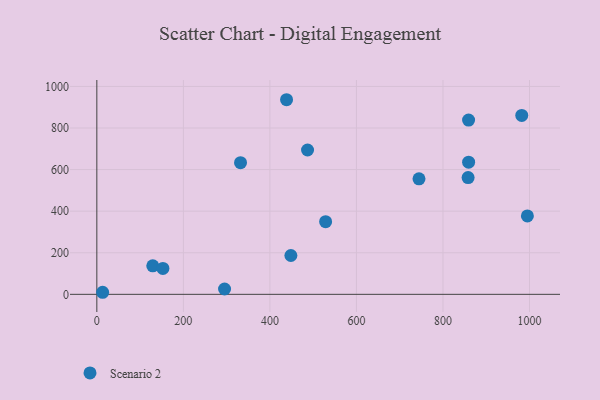
{"axis": {"x": "Study Hours", "y": "Exam Score"}, "legend": ["Scenario 2"], "data": [{"x": "13.4", "y": 9.9, "type": "Scenario 2"}, {"x": "295.2", "y": 25.6, "type": "Scenario 2"}, {"x": "859.2", "y": 838.1, "type": "Scenario 2"}, {"x": "995.1", "y": 377.2, "type": "Scenario 2"}, {"x": "129.3", "y": 136.9, "type": "Scenario 2"}, {"x": "487.0", "y": 694.1, "type": "Scenario 2"}, {"x": "982.1", "y": 860.7, "type": "Scenario 2"}, {"x": "858.1", "y": 561.8, "type": "Scenario 2"}, {"x": "744.6", "y": 555.6, "type": "Scenario 2"}, {"x": "438.5", "y": 936.0, "type": "Scenario 2"}, {"x": "528.8", "y": 349.6, "type": "Scenario 2"}, {"x": "332.1", "y": 633.0, "type": "Scenario 2"}, {"x": "859.3", "y": 635.4, "type": "Scenario 2"}, {"x": "152.7", "y": 124.4, "type": "Scenario 2"}, {"x": "448.5", "y": 186.7, "type": "Scenario 2"}]}